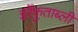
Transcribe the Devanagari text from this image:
इर्रेफुताब्ली